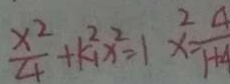
\frac { x ^ { 2 } } { 4 } + k _ { 1 } ^ { 2 } x ^ { 2 } = 1 x ^ { 2 } = \frac { 4 } { 1 + 4 }